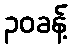
၃၀ခန့်